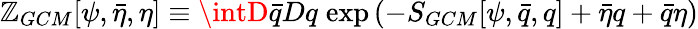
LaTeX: \mathbb{Z}_{GCM}[\psi,\bar{{\eta}},\eta]\equiv\intD\bar{{q}}Dq\; \mathrm{{exp}}\left(-S_{GCM}[\psi,\bar{{q}},q]+\bar{{\eta}}q+\bar{{q}}\eta\right)